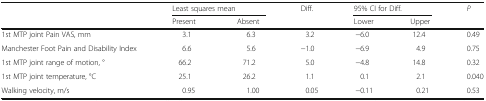
<table><thead><tr><td></td><td colspan="2"><b>Least squares mean</b></td><td rowspan="2"><b>Diff.</b></td><td colspan="2"><b>95% CI for Diff.</b></td><td rowspan="2"><b><i>P</i></b></td></tr><tr><td></td><td><b>Present</b></td><td><b>Absent</b></td><td><b>Lower</b></td><td><b>Upper</b></td></tr></thead><tbody><tr><td>1st MTP joint Pain VAS, mm</td><td>3.1</td><td>6.3</td><td>3.2</td><td>−6.0</td><td>12.4</td><td>0.49</td></tr><tr><td>Manchester Foot Pain and Disability Index</td><td>6.6</td><td>5.6</td><td>−1.0</td><td>−6.9</td><td>4.9</td><td>0.75</td></tr><tr><td>1st MTP joint range of motion, °</td><td>66.2</td><td>71.2</td><td>5.0</td><td>−4.8</td><td>14.8</td><td>0.32</td></tr><tr><td>1st MTP joint temperature, °C</td><td>25.1</td><td>26.2</td><td>1.1</td><td>0.1</td><td>2.1</td><td>0.040</td></tr><tr><td>Walking velocity, m/s</td><td>0.95</td><td>1.00</td><td>0.05</td><td>−0.11</td><td>0.21</td><td>0.53</td></tr></tbody></table>